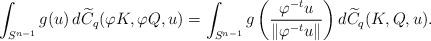
LaTeX: \begin{align*}\int_{S^{n-1}}g(u)\,d\widetilde{C}_{q}(\varphi K,\varphi Q,u)=\int_{S^{n-1}} g\left(\frac{\varphi^{-t} u}{\|\varphi^{-t} u\|}\right)d\widetilde{C}_{q}( K,Q,u).\end{align*}